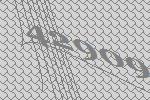
42909